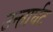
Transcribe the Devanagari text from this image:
उन्तार्घट